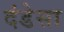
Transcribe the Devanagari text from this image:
दंडेसा